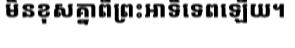
មិនខុសគ្នាពីព្រះអាទិទេពឡើយ។